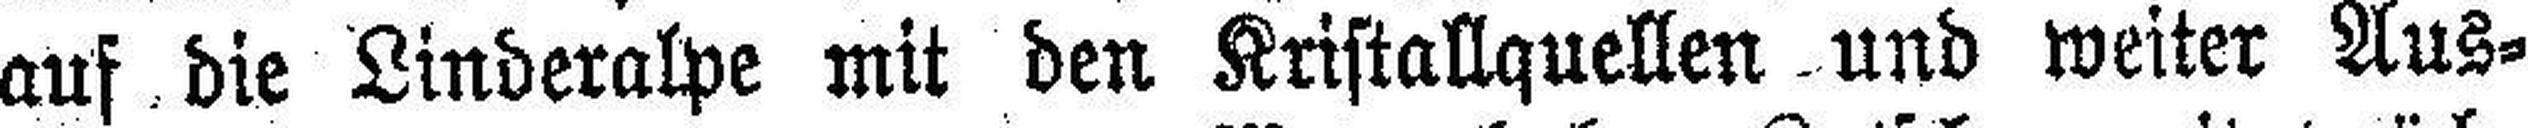
auf die Linderalpe mit den Kristallquellen und weiter Aus¬